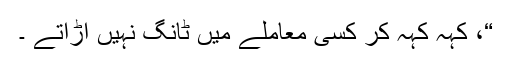
“، کہہ کہہ کر کسی معاملے میں ٹانگ نہیں اڑاتے ۔